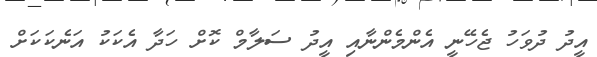
އީދު ދުވަހު ޖެހޭނީ އެންމެންނާއި އީދު ސަލާމް ކޮށް ހަދާ އެކަކު އަނެކަކަށް